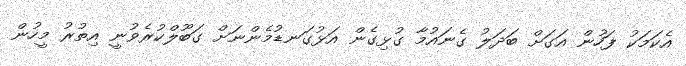
އެކަމަކު ފަހުން އަގަށް ބަދަލު ގެނައުމާ ގުޅިގެން އަޅުގަނޑުމެންނަށް ގަބޫލްކުރެވުނީ އިތުރު މީހުން